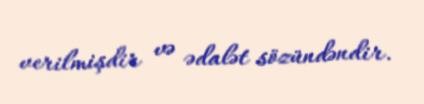
verilmişdir və ədalət sözündəndir.